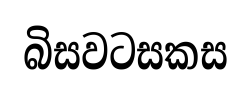
බිසවටසකස